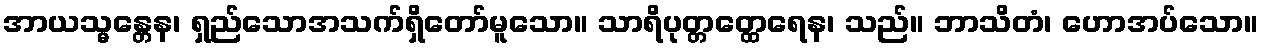
အာယသ္မန္တေန၊ ရှည်သောအသက်ရှိတော်မူသော။ သာရိပုတ္တတ္ထေရေန၊ သည်။ ဘာသိတံ၊ ဟောအပ်သော။